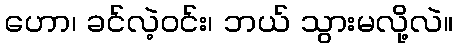
ဟော၊ ခင်လဲ့ဝင်း၊ ဘယ် သွားမလို့လဲ။